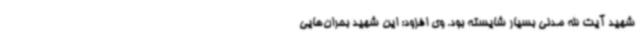
شهید آیت الله مدنی بسیار شایسته بود. وی افزود: این شهید بحران‌هایی